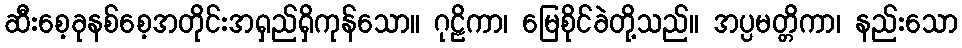
ဆီးစေ့ခုနစ်စေ့အတိုင်းအရှည်ရှိကုန်သော။ ဂုဠိကာ၊ မြေစိုင်ခဲတို့သည်။ အပ္ပမတ္တိကာ၊ နည်းသော